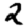
Digit: 2